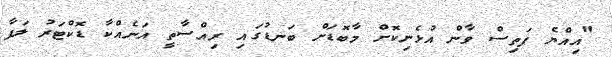
"އިއްޔެ ފަތިސް ވާން އުޅެނިކޮށް މާބޮޑަށް ބަނޑުގައި ރިއްސާތީ އަނެއްކާ ޑޮކްޓަރު ލަފާ